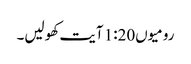
رومیوں1:20 آیت کھولیں۔